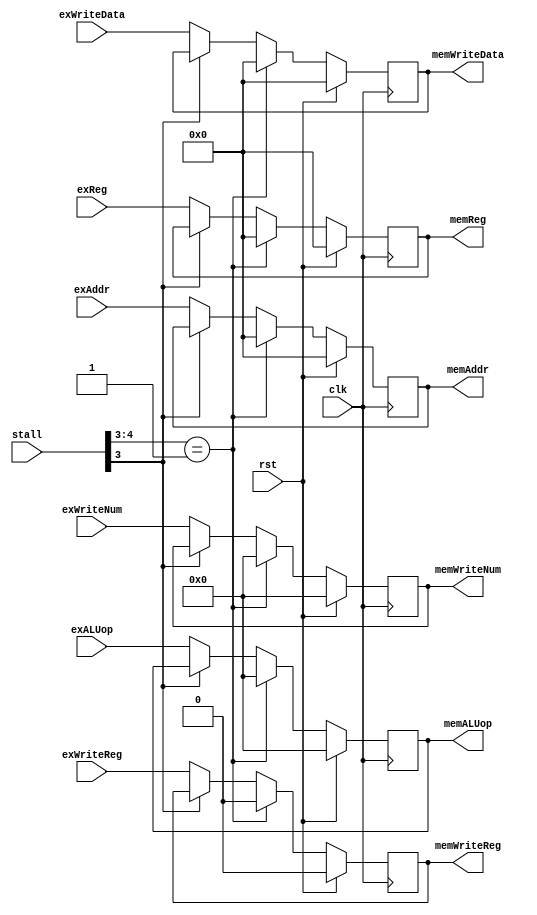
module EX_MEM(

	input   wire        clk,
	input   wire        rst,
	input   wire[5:0]	stall,	
	input   wire[4:0]   exWriteNum,  
	input   wire        exWriteReg,
	input   wire[31:0]	exWriteData, 
	input   wire[4:0]   exALUop,
	input   wire[31:0]  exAddr,
	input   wire[31:0]  exReg,
	output  reg [4:0]   memALUop,
	output  reg [31:0]  memAddr,
	output  reg [31:0]  memReg,
	output  reg [4:0]   memWriteNum,
	output  reg         memWriteReg,
	output  reg [31:0]	memWriteData

);


//controls the signal memWriteNum.
 
always @ (posedge clk) begin
    if (rst)
        memWriteNum <= 5'b0;
    else if (stall[4:3] == 2'b01)
        memWriteNum <= 5'b0;
    else if (!stall[3])
        memWriteNum <= exWriteNum;
end


//controls the signal memWriteReg.
 
always @ (posedge clk) begin
    if (rst)
        memWriteReg <= 1'b0;
    else if (stall[4:3] == 2'b01)
        memWriteReg <= 1'b0;
    else if (!stall[3])
        memWriteReg <= exWriteReg;
end


//controls the signal memWriteData.
 
always @ (posedge clk) begin
    if (rst)
        memWriteData <= 32'b0;
    else if (stall[4:3] == 2'b01)
        memWriteData <= 32'b0;
    else if (!stall[3])
        memWriteData <= exWriteData;
end


//controls the signal memALUop.

always @ (posedge clk) begin
    if (rst)
        memALUop <= 5'b0;
    else if (stall[4:3] == 2'b01)
        memALUop <= 5'b0;
    else if (!stall[3])
        memALUop <= exALUop;
end


//controls the signal memAddr.
 
always @ (posedge clk) begin
    if (rst)
        memAddr <= 32'b0;
    else if (stall[4:3] == 2'b01)
        memAddr <= 32'b0;
    else if (!stall[3])
        memAddr <= exAddr;
end


//controls the signal memReg.
 
always @ (posedge clk) begin
    if (rst)
        memReg <= 32'b0;
    else if (stall[4:3] == 2'b01)
        memReg <= 32'b0;
    else if (!stall[3])
        memReg <= exReg;
end

endmodule